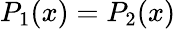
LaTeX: P_{1}(x)=P_{2}(x)